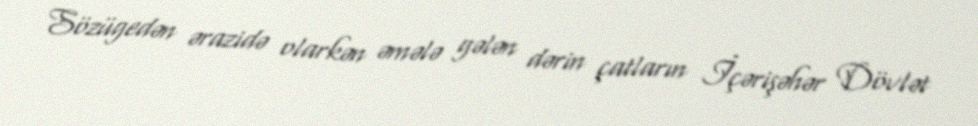
Sözügedən ərazidə olarkən əmələ gələn dərin çatların İçərişəhər Dövlət